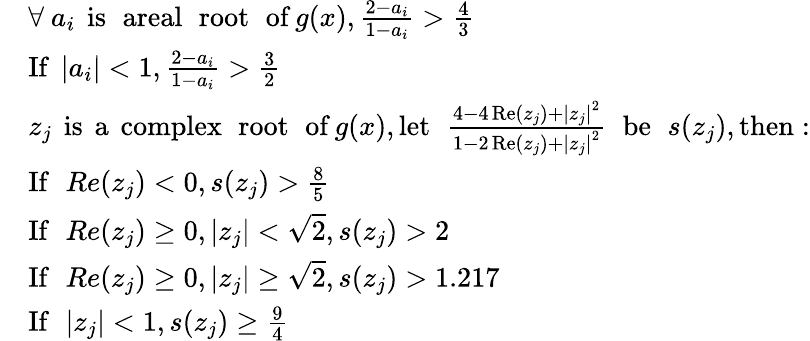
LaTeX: \begin{array}{rl}&{\forall\ a_{i}\ \operatorname{is\ areal\ root\ of}g(x),\frac{2-a_{i}}{1-a_{i}}>\frac{4}{3}}\\ &{\operatorname{If}\ |a_{i}|<1,\frac{2-a_{i}}{1-a_{i}}>\frac{3}{2}}\\ &{z_{j}\ \operatorname{is\ a\ complex\ root\ of}g(x),\operatorname{let\ }\frac{4-4\operatorname{Re}\left(z_{j}\right)+\left|z_{j}\right|^{2}}{1-2\operatorname{Re}\left(z_{j}\right)+\left|z_{j}\right|^{2}}\operatorname{\ be\ }s(z_{j}),\operatorname{then}:}\\ &{\operatorname{If\ }Re(z_{j})<0,s(z_{j})>\frac{8}{5}}\\ &{\operatorname{If\ }Re(z_{j})\geq 0,|z_{j}|<\sqrt{2},s(z_{j})>2}\\ &{\operatorname{If\ }Re(z_{j})\geq 0,|z_{j}|\geq\sqrt{2},s(z_{j})>1.217}\\ &{\operatorname{If\ }|z_{j}|<1,s(z_{j})\geq\frac{9}{4}}\end{array}